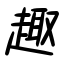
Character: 趣